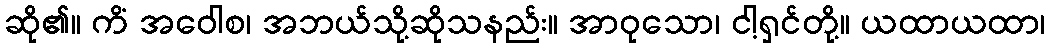
ဆို၏။ ကိံ အဝေါစ၊ အဘယ်သို့ဆိုသနည်း။ အာဝုသော၊ ငါ့ရှင်တို့။ ယထာယထာ၊